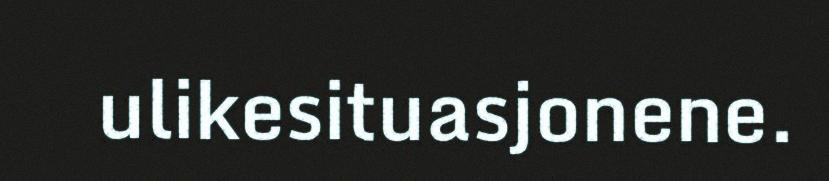
ulikesituasjonene.